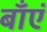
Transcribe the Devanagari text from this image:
बाँएं